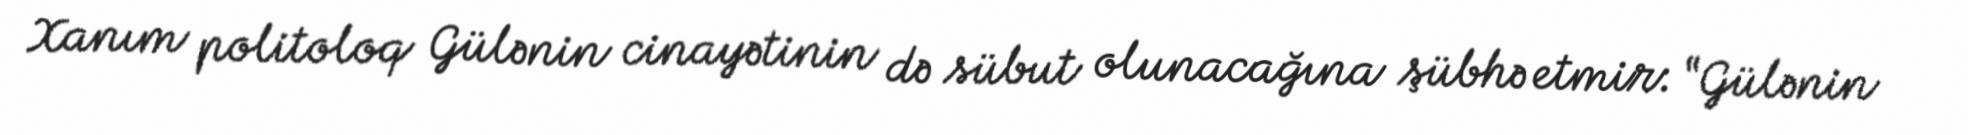
Xanım politoloq Gülənin cinayətinin də sübut olunacağına şübhə etmir: “Gülənin